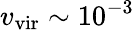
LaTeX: v_{\mathrm{vir}}\sim 10^{-3}